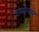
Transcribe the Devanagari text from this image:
उध्योगाने